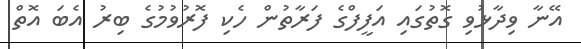
އޭނާ ވިދާޅުވި ގޮތުގައި އަފީފްގެ ފަރާތުން ހެކި ފޮރުވުމުގެ ބިރު އެބަ އޮތް